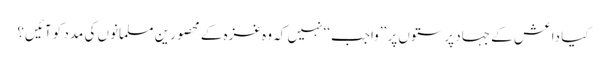
کیا داعش کے جہاد پرستوں پر ’’واجب‘‘ نہیں کہ وہ غزہ کے محصورین مسلمانوں کی مدد کو آئیں؟